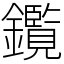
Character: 鑬